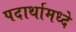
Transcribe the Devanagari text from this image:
पदार्थामध्दे